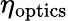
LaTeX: \eta_{\mathrm{optics}}